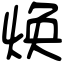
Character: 焕